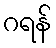
ဂရန်